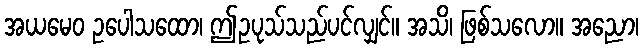
အယမေဝ ဥပေါသထော၊ ဤဥပုသ်သည်ပင်လျှင်။ အသိ၊ ဖြစ်သလော။ အညော၊